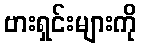
ဗားရှင်းများကို